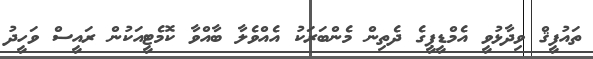
ތައުފީޤް ވިދާޅުވީ އެމްޑީޕީގެ ދެތިން މެންބަރަކު އެއްވެލާ ބާއްވާ ކޮމެޓީއަކުން ރައީސް ވަހީދު